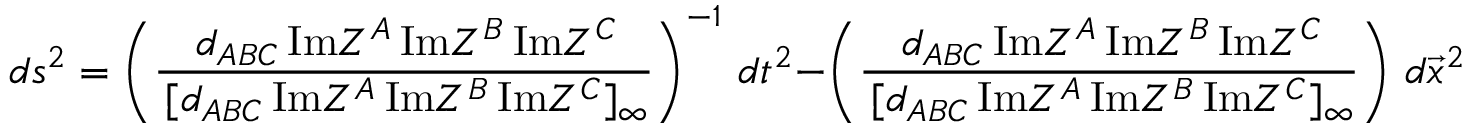
d s ^ { 2 } = \left( { \frac { \, d _ { A B C } \, \mathrm { I m } Z ^ { A } \, \mathrm { I m } Z ^ { B } \, \mathrm { I m } Z ^ { C } } { \, [ d _ { A B C } \, \mathrm { I m } Z ^ { A } \, \mathrm { I m } Z ^ { B } \, \mathrm { I m } Z ^ { C } ] _ { \infty } } } \right) ^ { - 1 } \, d t ^ { 2 } - \left( { \frac { \, d _ { A B C } \, \mathrm { I m } Z ^ { A } \, \mathrm { I m } Z ^ { B } \, \mathrm { I m } Z ^ { C } } { \, [ d _ { A B C } \, \mathrm { I m } Z ^ { A } \, \mathrm { I m } Z ^ { B } \, \mathrm { I m } Z ^ { C } ] _ { \infty } } } \right) \, d \vec { x } ^ { 2 } \ .